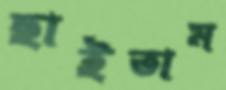
ছাইতাম